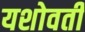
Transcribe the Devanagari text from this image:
यशोवती